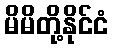
မိမိတို့နိုင်ငံ